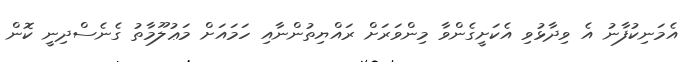
އެމަނިކުފާނު އެ ވިދާޅުވި އެކަށީގެންވާ މިންވަރަށް ރައްޔިތުންނާއި ހަމައަށް މަޢުލޫމާތު ގެނެސްދިނީ ކޮން